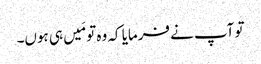
تو آپ نے فرمایا کہ وہ تو مَیں ہی ہوں۔